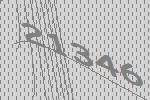
21346